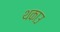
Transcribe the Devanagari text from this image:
थकाउ